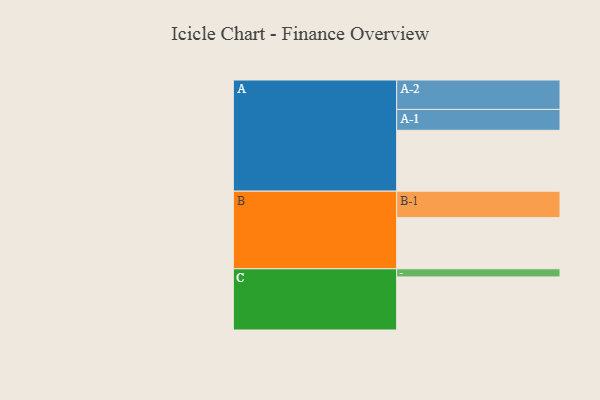
{"axis": {"x": "Segment", "y": "Value"}, "legend": ["", "A", "B", "C"], "data": [{"x": "A", "y": 569, "type": ""}, {"x": "B", "y": 478, "type": ""}, {"x": "C", "y": 496, "type": ""}, {"x": "A-1", "y": 195, "type": "A"}, {"x": "A-2", "y": 275, "type": "A"}, {"x": "B-1", "y": 247, "type": "B"}, {"x": "C-1", "y": 76, "type": "C"}]}